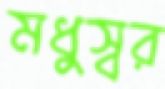
মধুস্বর